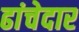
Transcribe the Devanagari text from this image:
ढांचेदार